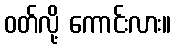
ဝတ်လို့ ကောင်းလား။